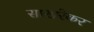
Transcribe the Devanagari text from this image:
साखरेकर